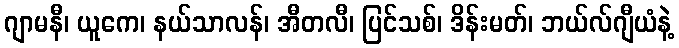
ဂျာမနီ၊ ယူကေ၊ နယ်သာလန်၊ အီတလီ၊ ပြင်သစ်၊ ဒိန်းမတ်၊ ဘယ်လ်ဂျီယံနဲ့